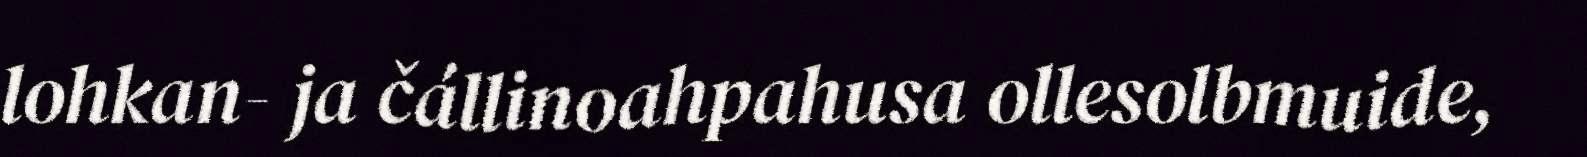
lohkan- ja čállinoahpahusa ollesolbmuide,